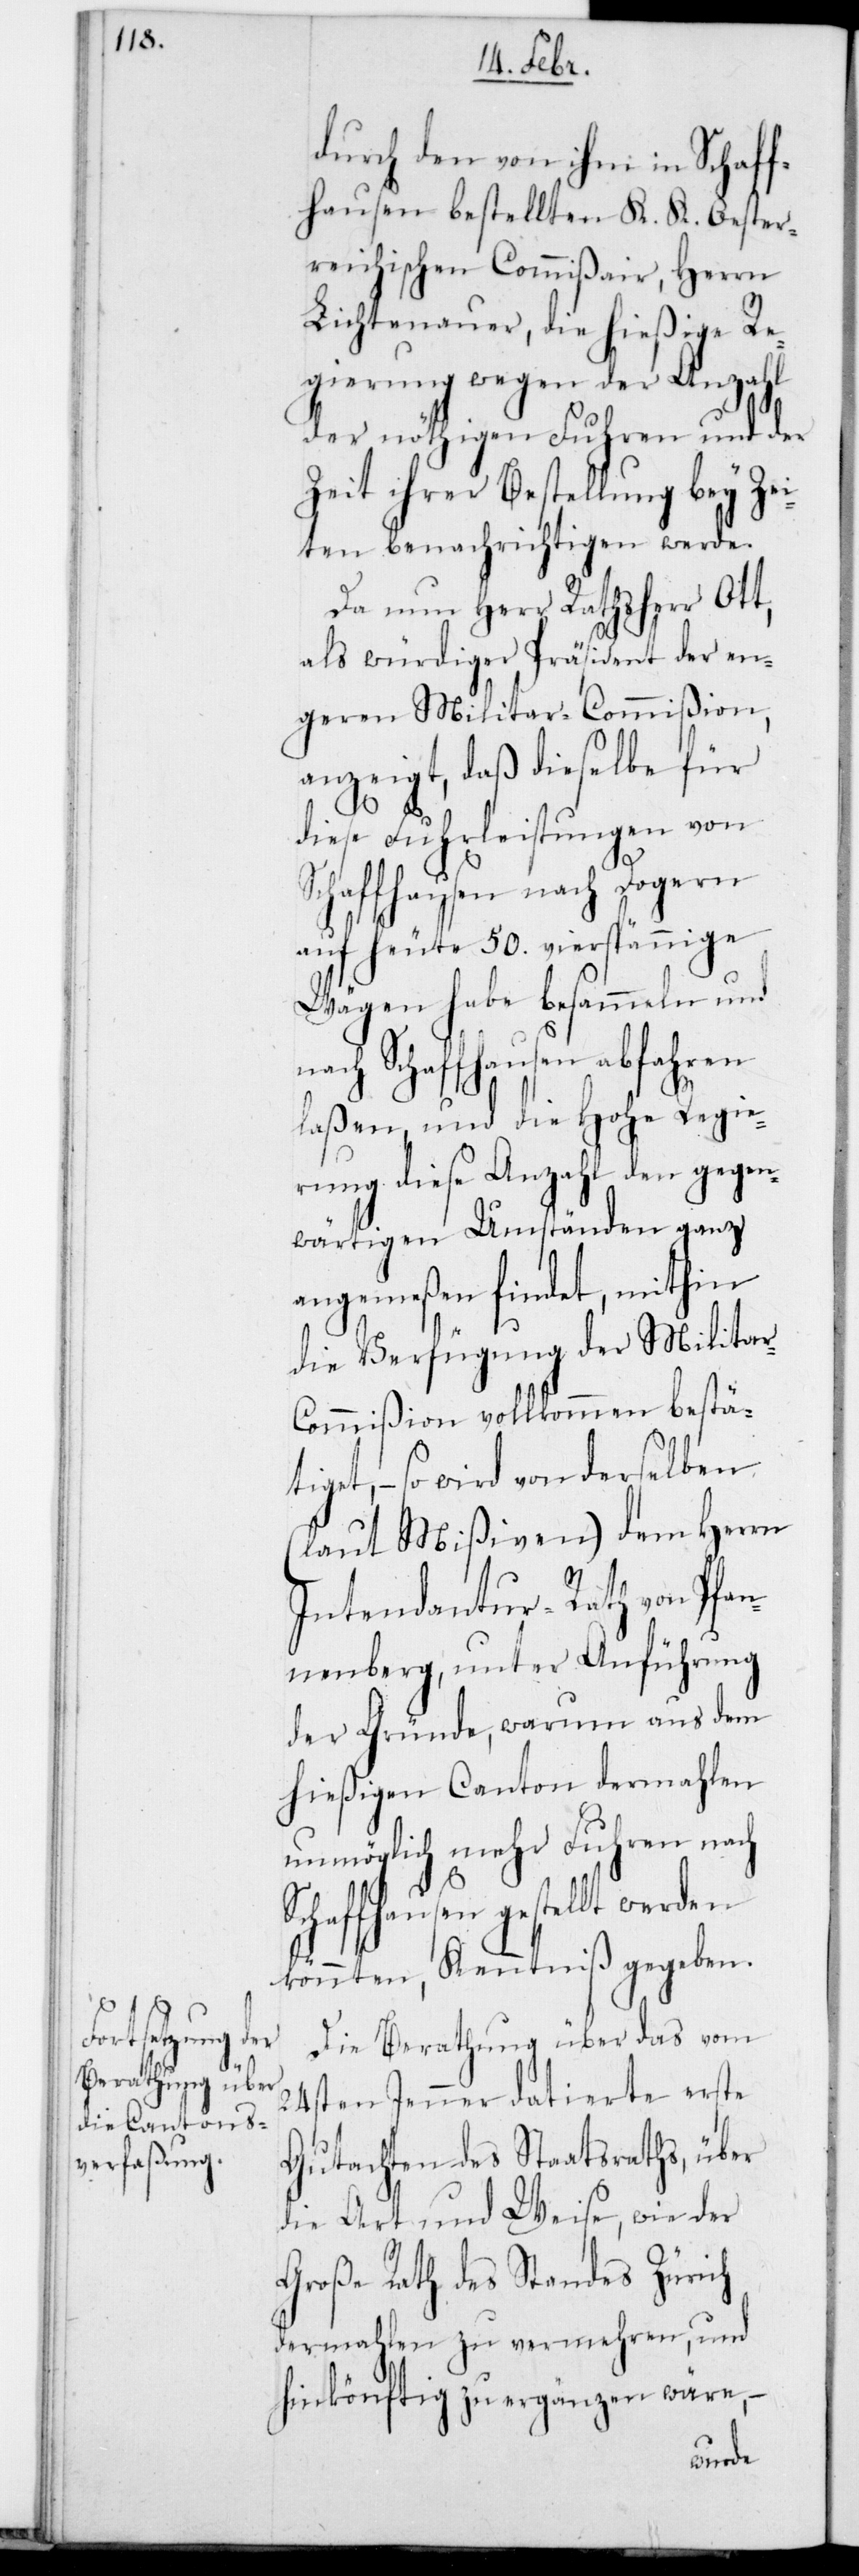
durch den von ihm in Schaff¬
hausen bestellten K. K. Oester¬
reichischen Commißair, Herrn
Lichtenauer, die hießige Re¬
gierung wegen der Anzahl
der nöthigen Fuhren und der
Zeit ihrer Bestellung bey Zei¬
ten benachrichtigen werde.
Da nun Herr Rathsherr Ott,
als würdiger Präsident der en¬
geren Militar-Commißion
anzeigt, daß dieselbe für
diese Fuhrleistungen von
Schaffhausen nach Dogern
auf heute 50 vierspännige
Wägen habe besammeln und
nach Schaffhausen abfahren
laßen und die Hohe Regie¬
rung diese Anzahl den gegen¬
wärtigen Umständen ganz
angemeßen findet, mithin
die Verfügung der Milita¬
r-Commißion vollkommen bestät¬
iget, – so wird von derselben
(laut Mißiven) dem Herrn
Intendantur-Rath von Pfan¬
nenberg, unter Anführung
der Gründe, warum aus dem
hießigen Canton dermahlen
unmöglich mehr Fuhren nach
haf¬
fhausen gestellt werden
könnten, Kenntniß gegeben.
Die Berathung über das vom
24sten Jenner datierte erste
Gutachten des Staatsraths, über
die Art und Weise, wie der
Große Rath des Standes Zürich
dermahlen zu vermehren, und
hinkönftig zu ergänzen wäre,